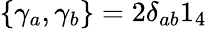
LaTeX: \{ \gamma_{a},\gamma_{b}\} =2\delta_{ab}1_{4}